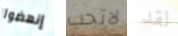
إنهضوا لاتحب لقد